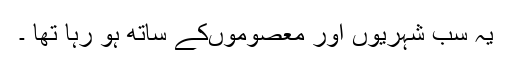
یہ سب شہریوں اور معصوموںکے ساتھ ہو رہا تھا ۔